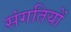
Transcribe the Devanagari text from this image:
संगतियों